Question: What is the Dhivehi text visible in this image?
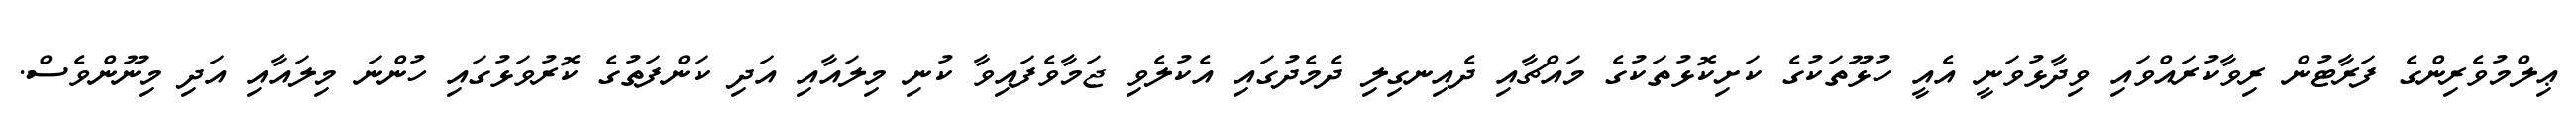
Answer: ޢިލްމުވެރިންގެ ފަރާޓުން ރިވާކުރައްވައި ވިދާޅުވަނީ އެއީ ހުޅޫތަކުގެ ކަށިކޮޅުތަކުގެ މައްޗާއި ދެއިނގިލި ދެމެދުގައި އެކުލެވި ޖަމާވެފައިވާ ކުނި މިލައާއި އަދި ކަންފަތުގެ ކޮރުވަޅުގައި ހުންނަ މިލައާއި އަދި މިނޫންވެސް.